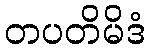
တပတိမိဒံ